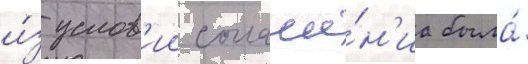
и́з услов'ии соглаше́н'иа была́